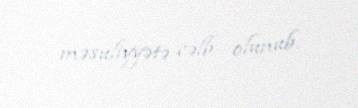
məsuliyyətə cəlb olunub.